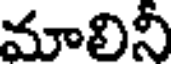
మాలినీ